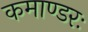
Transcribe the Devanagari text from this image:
कमाण्डरः